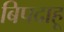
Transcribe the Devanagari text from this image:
बिपदाहू